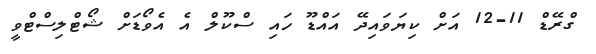
ގްރޭޑް 11-12 އަށް ކިޔަވައިދޭ އައްޑޫ ހައި ސްކޫލް އެ އެވޯޑަށް ޝޯޓްލިސްޓްވީ